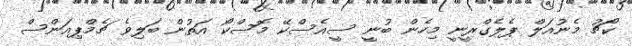
ކޯޗު މެނުއަލް ޕެލެގްރީނީ މިހެން ބުނީ ސީއެސްކޭ މޮސްކޯ އަތުން ބަލިވެ ޗެމްޕިއަންސް